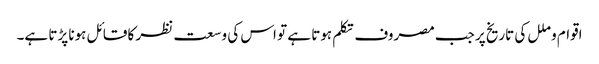
اقوام و ملل کی تاریخ پر جب مصروف تکلم ہوتا ہے تو اس کی وسعت نظر کا قائل ہونا پڑتا ہے۔